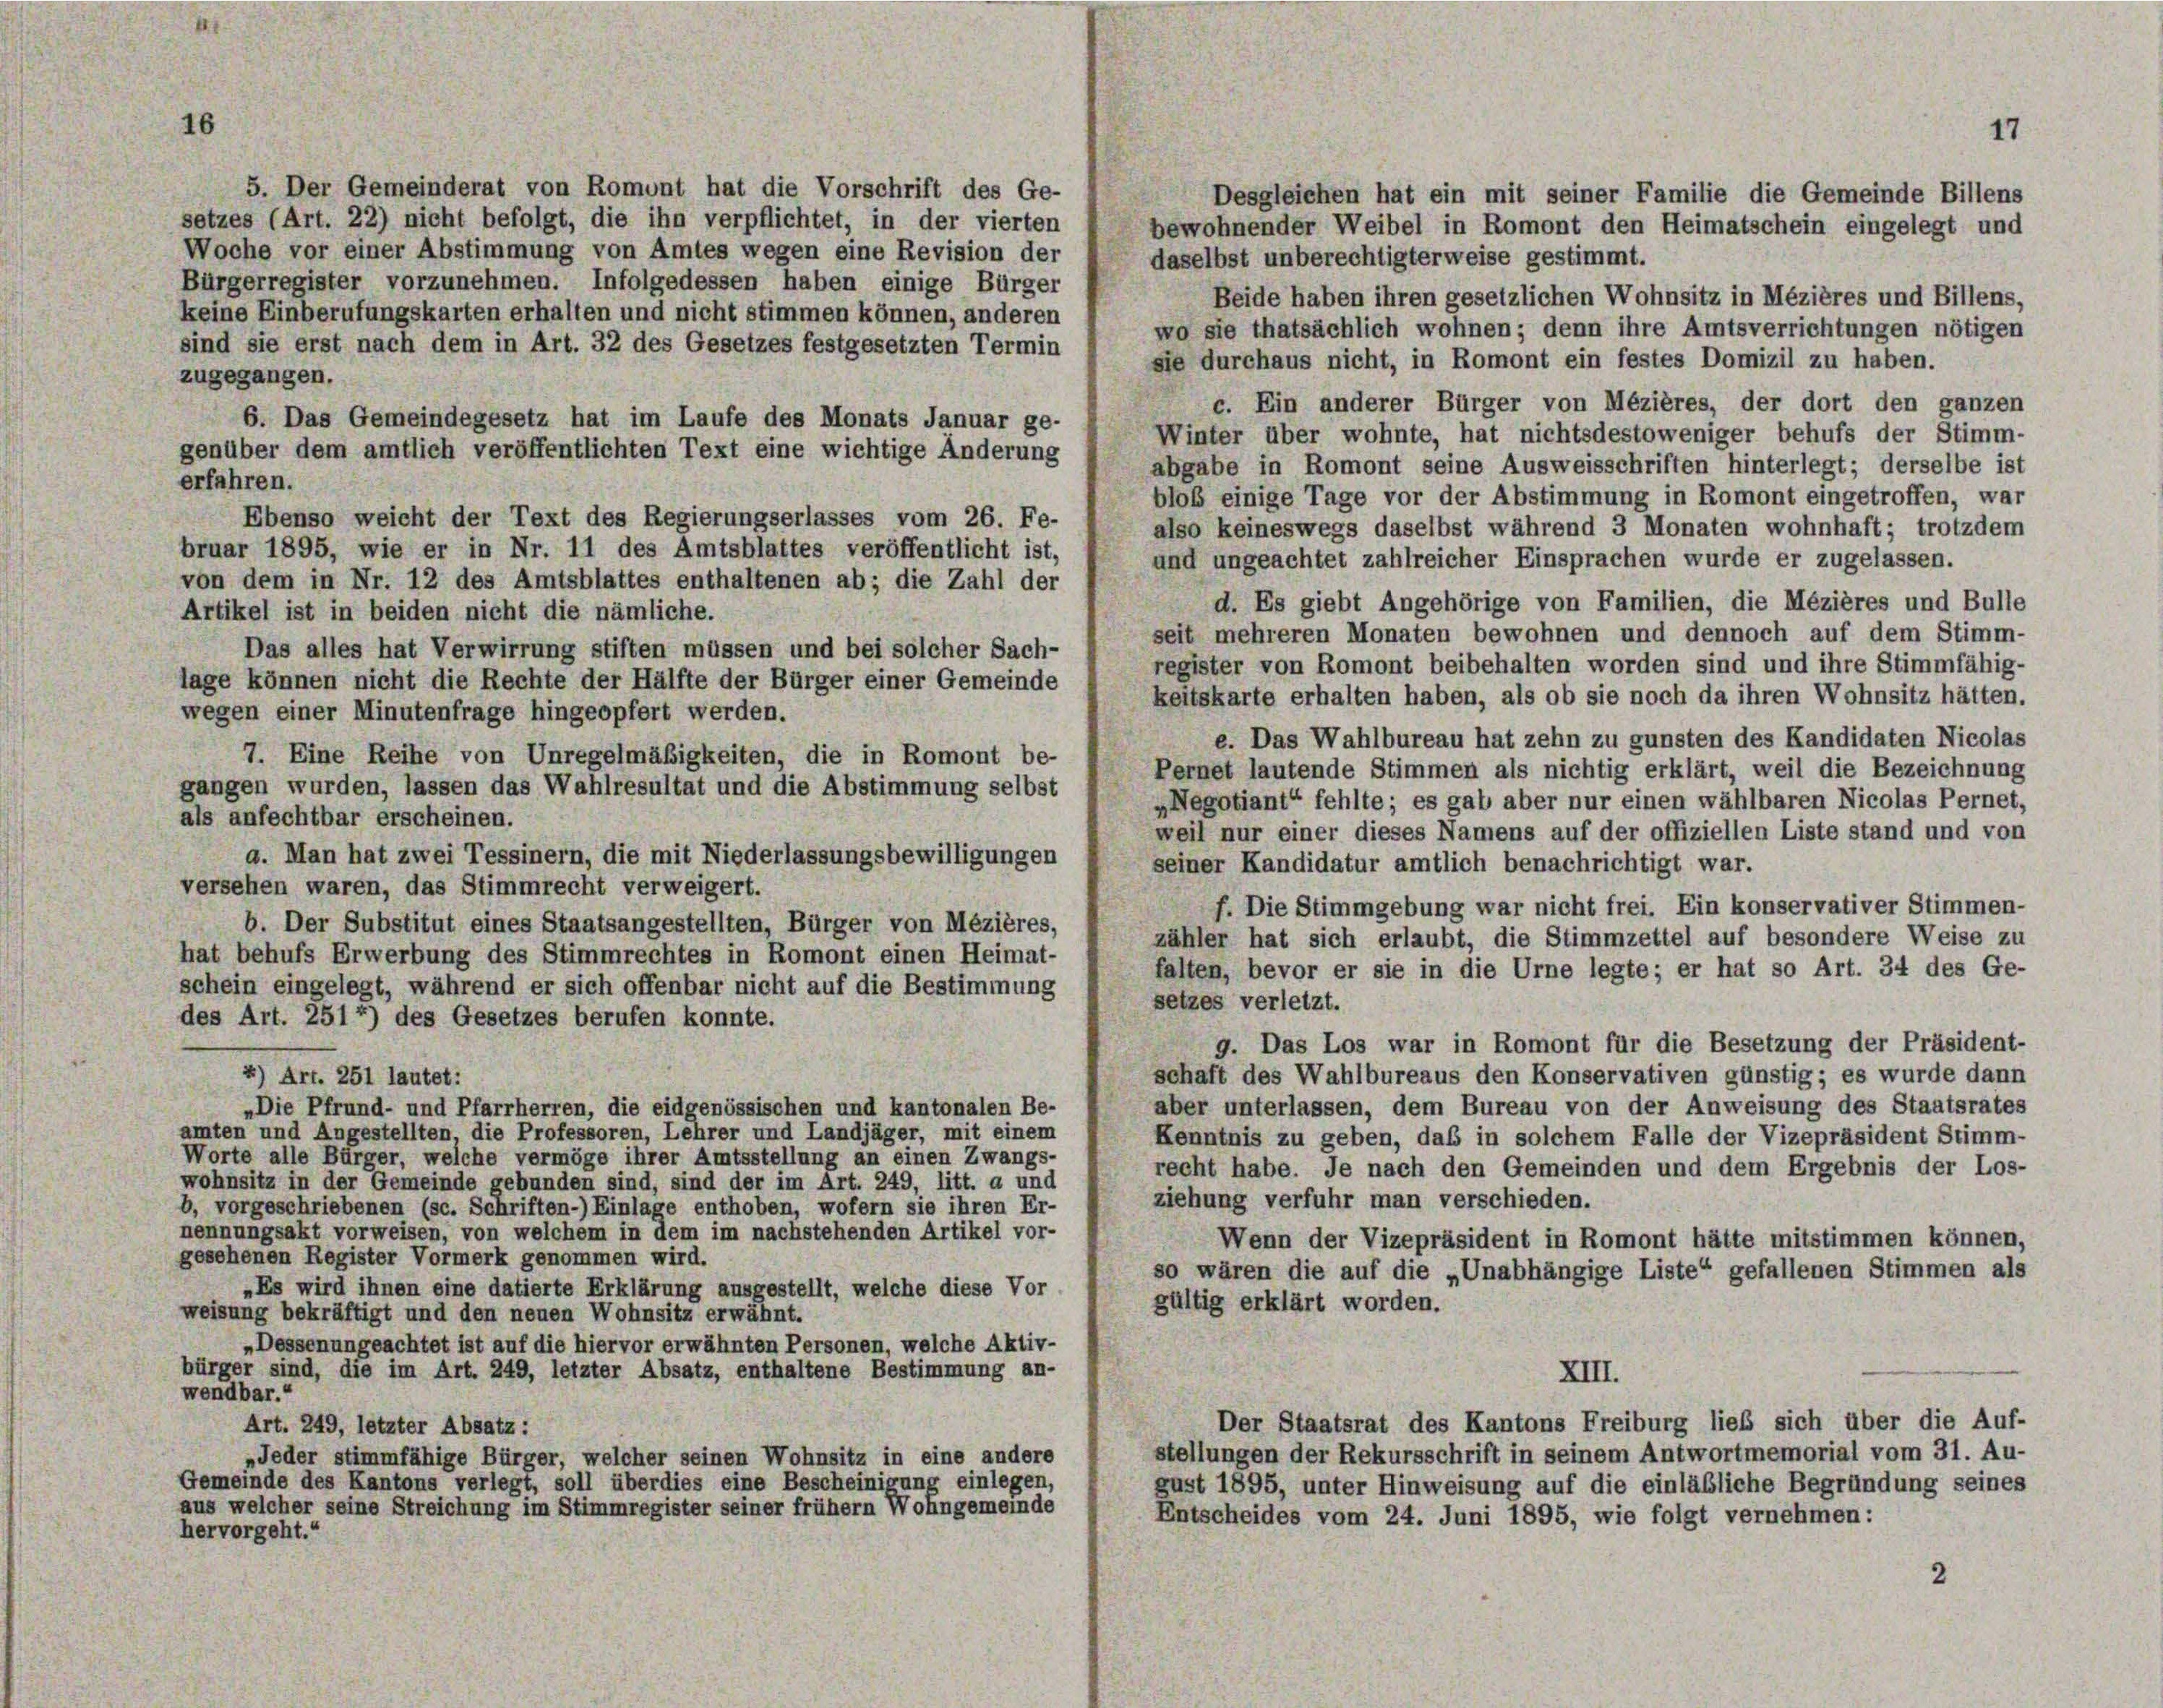
16

5. Der Gemeinderat von Romont hat die Vorschrift des Ge-
Desgleichen hat ein mit seiner Familie die Gemeinde Billens
setzes (Art. 22) nicht befolgt, die ihn verpflichtet, in der vierten
bewohnender Weibel in Romont den Heimatschein eingelegt und
Woche vor einer Abstimmung von Amtes wegen eine Revision der
daselbst unberechtigterweise gestimmt.
Bürgerregister vorzunehmen. Infolgedessen haben einige Bürger
Beide haben ihren gesetzlichen Wohnsitz in Mézières und Billens,
keine Einberufungskarten erhalten und nicht stimmen können, anderen
wo sie thatsächlich wohnen; denn ihre Amtsverrichtungen nötigen
sind sie erst nach dem in Art. 32 des Gesetzes festgesetzten Termin
sie durchaus nicht, in Romont ein festes Domizil zu haben.
zugegangen.
c. Ein anderer Bürger von Mézières, der dort den ganzen
6. Das Gemeindegesetz hat im Laufe des Monats Januar ge-
Winter über wohnte, hat nichtsdestoweniger behufs der Stimm
genüber dem amtlich veröffentlichten Text eine wichtige Änderung
abgabe in Romont seine Ausweisschriften hinterlegt; derselbe ist
erfahren.
bloß einige Tage vor der Abstimmung in Romont eingetroffen, war
Ebenso weicht der Text des Regierungserlasses vom 26. Fe-
also keineswegs daselbst während 3 Monaten wohnhaft; trotzdem
bruar 1895, wie er in Nr. 11 des Amtsblattes veröffentlicht ist.
und ungeachtet zahlreicher Einsprachen wurde er zugelassen.
von dem in Nr. 12 des Amtsblattes enthaltenen ab; die Zahl der
d. Es giebt Angehörige von Familien, die Mézières und Bulle
Artikel ist in beiden nicht die nämliche.
seit mehreren Monaten bewohnen und dennoch auf dem Stimm-
Das alles hat Verwirrung stiften müssen und bei solcher Sach-
register von Romont beibehalten worden sind und ihre Stimmfähig-
lage können nicht die Rechte der Hälfte der Bürger einer Gemeinde
keitskarte erhalten haben, als ob sie noch da ihren Wohnsitz hätten.
wegen einer Minutenfrage hingeopfert werden.
e. Das Wahlbureau hat zehn zu gunsten des Kandidaten Nicolas
7. Eine Reihe von Unregelmäßigkeiten, die in Romont be-
Pernet lautende Stimmen als nichtig erklärt, weil die Bezeichnung
gangen wurden, lassen das Wahlresultat und die Abstimmung selbst
»Negotiant“ fehlte; es gab aber nur einen wählbaren Nicolas Pernet,
als anfechtbar erscheinen.
weil nur einer dieses Namens auf der offiziellen Liste stand und von
a. Man hat zwei Tessinern, die mit Niederlassungsbewilligungen
seiner Kandidatur amtlich benachrichtigt war.
versehen waren, das Stimmrecht verweigert.
f. Die Stimmgebung war nicht frei. Ein konservativer Stimmen-
b. Der Substitut eines Staatsangestellten, Bürger von Mézières,
zähler hat sich erlaubt, die Stimmzettel auf besondere Weise zu
hat behufs Erwerbung des Stimmrechtes in Romont einen Heimat-
falten, bevor er sie in die Urne legte; er hat so Art. 34 des Ge-
schein eingelegt, während er sich offenbar nicht auf die Bestimmung
setzes verletzt.
des Art. 2514) des Gesetzes berufen konnte.
g. Das Los war in Romont für die Besetzung der Präsident-
schaft des Wahlbureaus den Konservativen günstig; es wurde dann
4) Art. 251 lautet:
aber unterlassen, dem Bureau von der Anweisung des Staatsrates
„Die Pfrund- und Pfarrherren, die eidgenössischen und kantonalen Be-
amten und Angestellten die Professoren, Lehrer und Landjäger, mit einem
Kenntnis zu geben, daß in solchem Falle der Vizepräsident Stimm-
Worte alle Bürger, welche vermöge ihrer Amtsstellung an einen Zwangs-
recht habe. Je nach den Gemeinden und dem Ergebnis der Los-
wohnsitz in der Gemeinde gebunden sind, sind der im Art. 249, litt. a und
ziehung verfuhr man verschieden.
b, vorgeschriebenen (sc. Schriften-) Einlage enthoben, wofern sie ihren Er-
nennungsakt vorweisen, von welchem in dem im nachstehenden Artikel vor-
Wenn der Vizepräsident in Romont hätte mitstimmen können,
gesehenen Register Vormerk genommen wird.
so wären die auf die „Unabhängige Liste“ gefallenen Stimmen als
„Es wird ihnen eine datierte Erklärung ausgestellt, welche diese Vor
gültig erklärt worden.
weisung bekräftigt und den neuen Wohnsitz erwähnt.
„Dessenungeachtet ist auf die hiervor erwähnten Personen, welche Aktiv-
bürger sind, die im Art. 249, letzter Absatz, enthaltene Bestimmung an-
XIII.
wendbar.“
Der Staatsrat des Kantons Freiburg lieb sich über die Auf-
Art. 249, letzter Absatz:
stellungen der Rekursschrift in seinem Antwortmemorial vom 31. Au-
„Jeder stimmfähige Bürger, welcher seinen Wohnsitz in eine andere
Gemeinde des Kantons verlegt, soll überdies eine Bescheinigung einlegen,
gust 1895, unter Hinweisung auf die einläßliche Begründung seines
aus welcher seine Streichung im Stimmregister seiner frühem Wohngemeinde
Entscheides vom 24. Juni 1895, wie folgt vernehmen:
hervorgeht.“
2

17